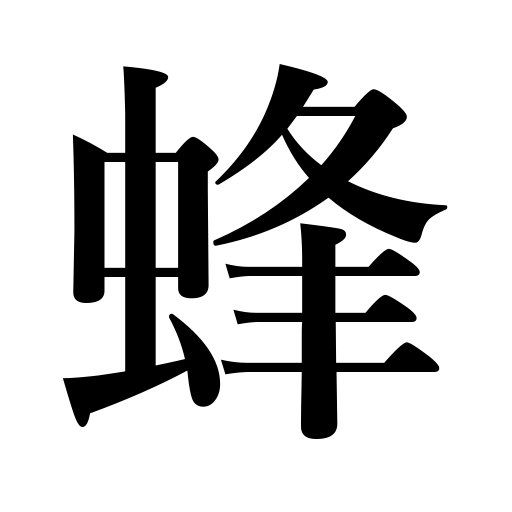
Meanings: bee,wasp,hornet